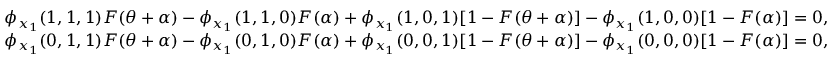
\begin{array} { r l } & { \phi _ { x _ { 1 } } ( 1 , 1 , 1 ) F ( \theta + \alpha ) - \phi _ { x _ { 1 } } ( 1 , 1 , 0 ) F ( \alpha ) + \phi _ { x _ { 1 } } ( 1 , 0 , 1 ) [ 1 - F ( \theta + \alpha ) ] - \phi _ { x _ { 1 } } ( 1 , 0 , 0 ) [ 1 - F ( \alpha ) ] = 0 , } \\ & { \phi _ { x _ { 1 } } ( 0 , 1 , 1 ) F ( \theta + \alpha ) - \phi _ { x _ { 1 } } ( 0 , 1 , 0 ) F ( \alpha ) + \phi _ { x _ { 1 } } ( 0 , 0 , 1 ) [ 1 - F ( \theta + \alpha ) ] - \phi _ { x _ { 1 } } ( 0 , 0 , 0 ) [ 1 - F ( \alpha ) ] = 0 , } \end{array}